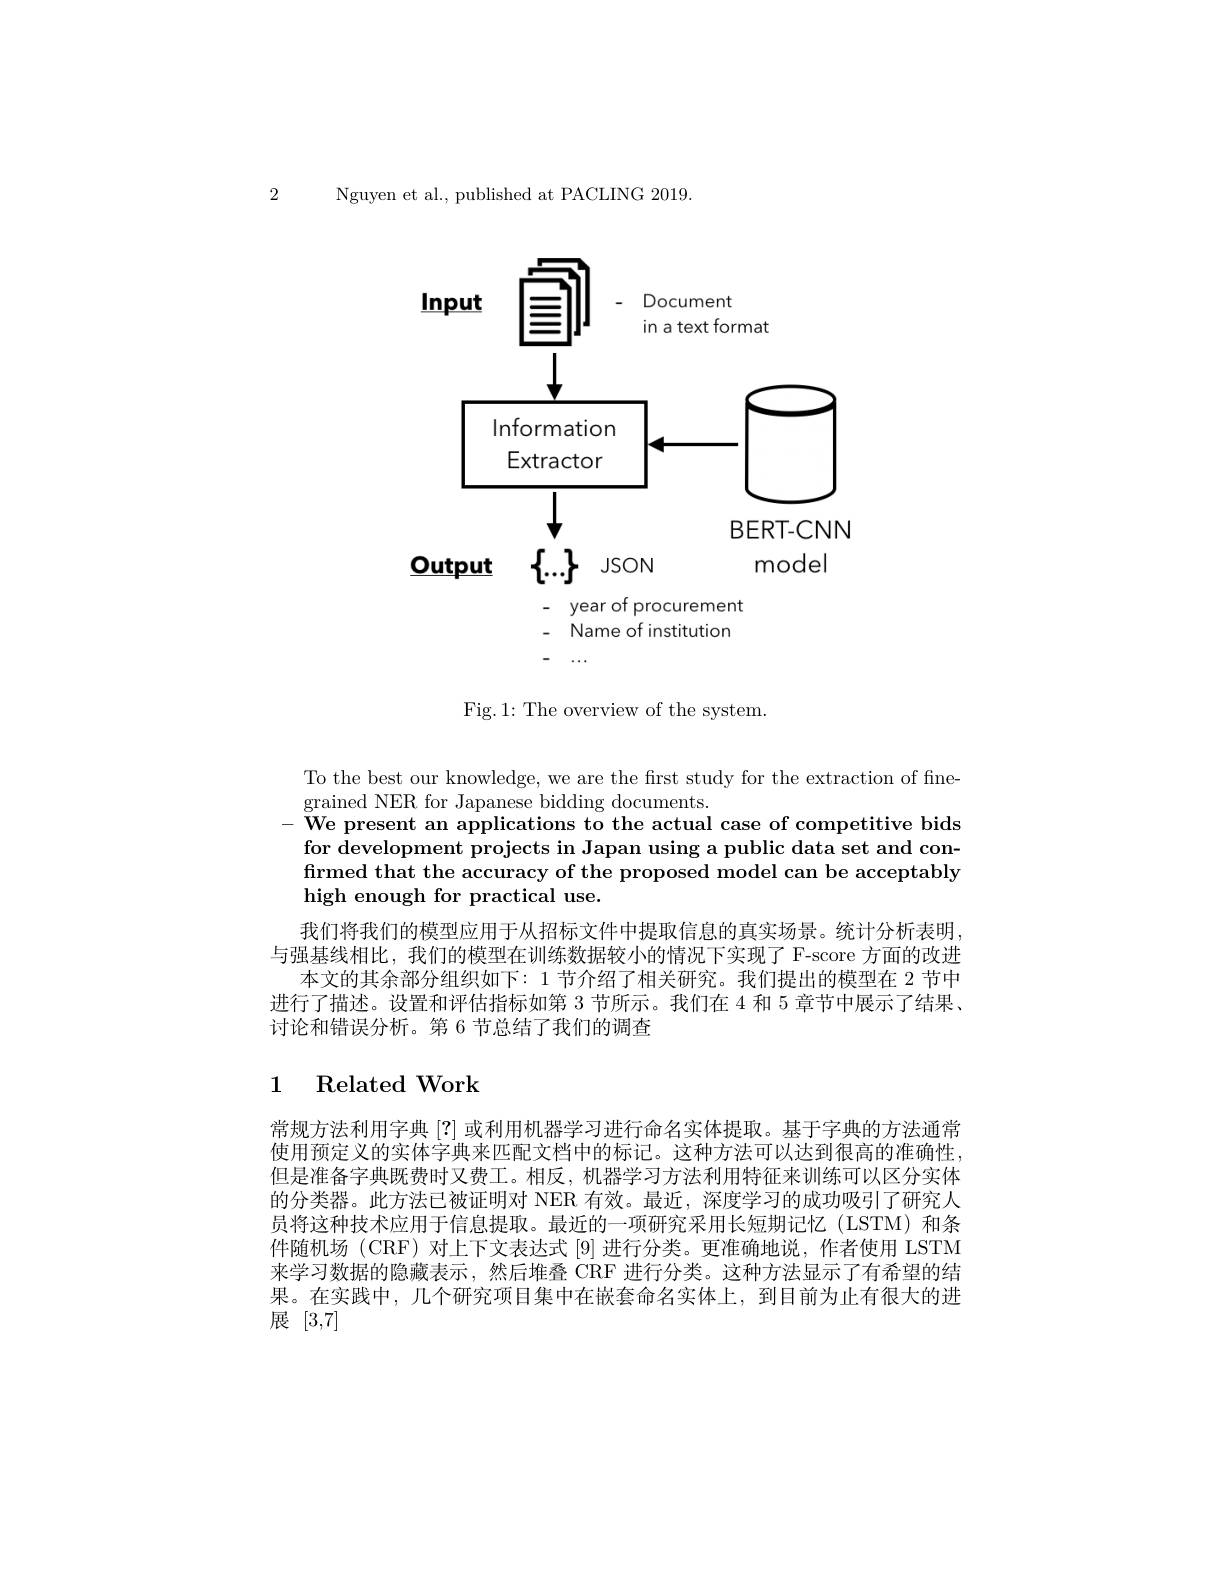
2 Nguven et al.. published at PACLING 2019

<FigureHere>

To the best our knowledge, we are the first study for the extraction of fine-
grained NER for Japanese bidding documents.
We present an applications to the actual case of competitive bids for development projects in Japan using a public data set and confirmed that the accuracy of the proposed model can be acceptably high enough for practical use.

我们将我们的模型应用于从招标文件中提取信息的真实场景。统计分析表明， 与强基线相比，我们的模型在训练数据较小的情况下实现了 F-score 方面的改进
本文的其余部分组织如下：1 节介绍了相关研究。我们提出的模型在 2 节中进行了描述。设置和评估指标如第 3 节所示。我们在 4 和 5 章节中展示了结果、 讨论和错误分析。第 6 节总结了我们的调查

# 1 Related Work

常规方法利用字典[?]或利用机器学习进行命名实体提取。基于字典的方法通常使用预定义的实体字典来匹配文档中的标记。这种方法可以达到很高的准确性但是准备字典既费时又费工。相反，机器学习方法利用特征来训练可以区分实体的分类器。此方法已被证明对 NER 有效。最近，深度学习的成功吸引了研究人员将这种技术应用于信息提取。最近的一项研究采用长短期记忆(LSTM)和条件随机场 (CRF) 对上下文表达式 [9] 进行分类。更准确地说，作者使用 LSTM 来学习数据的隐藏表示，然后堆叠 CRF 进行分类。这种方法显示了有希望的结果。在实践中，几个研究项目集中在嵌套命名实体上，到目前为止有很大的进展[3,7]